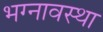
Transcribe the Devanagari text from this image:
भग्‍नावस्‍था